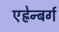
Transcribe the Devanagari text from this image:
एह्रेन्बर्ग